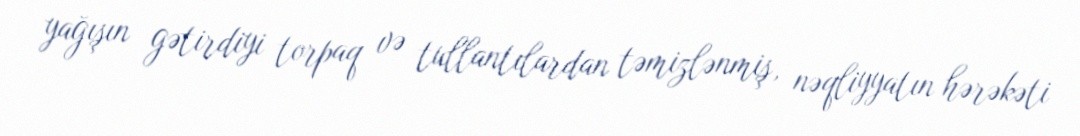
yağışın gətirdiyi torpaq və tullantılardan təmizlənmiş, nəqliyyatın hərəkəti